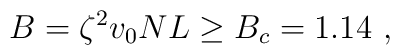
B= \zeta^2 v_0 N L \ge B_c = 1.14~,